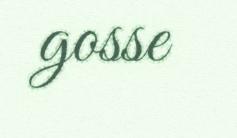
gosse